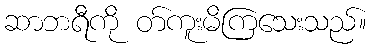
ဆာဘရီကို တ်ကူးမိကြသေးသည်။